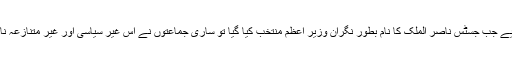
نگران سیٹ اپ کے لیے جب جسٹس ناصر الملک کا نام بطور نگران وزیر اعظم منتخب کیا گیا تو ساری جماعتوں نے اس غیر سیاسی اور غیر متنازعہ نام کو خوش آمدید کہا ۔